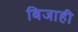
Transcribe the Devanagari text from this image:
बिजाही